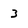
Character: 3